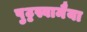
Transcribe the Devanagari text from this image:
पुट्टस्वामैया